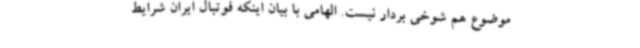
موضوع هم شوخی بردار نیست. الهامی با بیان اینکه فوتبال ایران شرایط